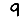
Digit: 9